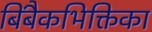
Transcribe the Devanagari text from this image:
बिंबैकभिक्तिका